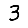
Digit: 3